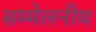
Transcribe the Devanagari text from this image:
सम्मेलनीय